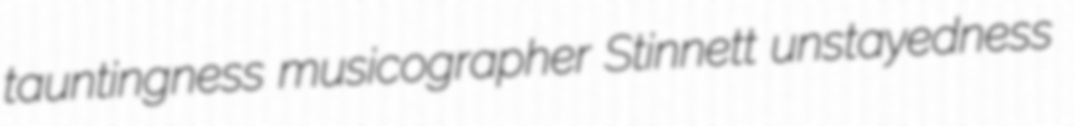
tauntingness musicographer Stinnett unstayedness